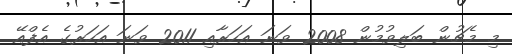
މި މެޗުން ބަލިވުމުން 2008 ވަނަ އަހަރާއި 2011 ވަނަ އަހަރުގެ އެފްއޭ